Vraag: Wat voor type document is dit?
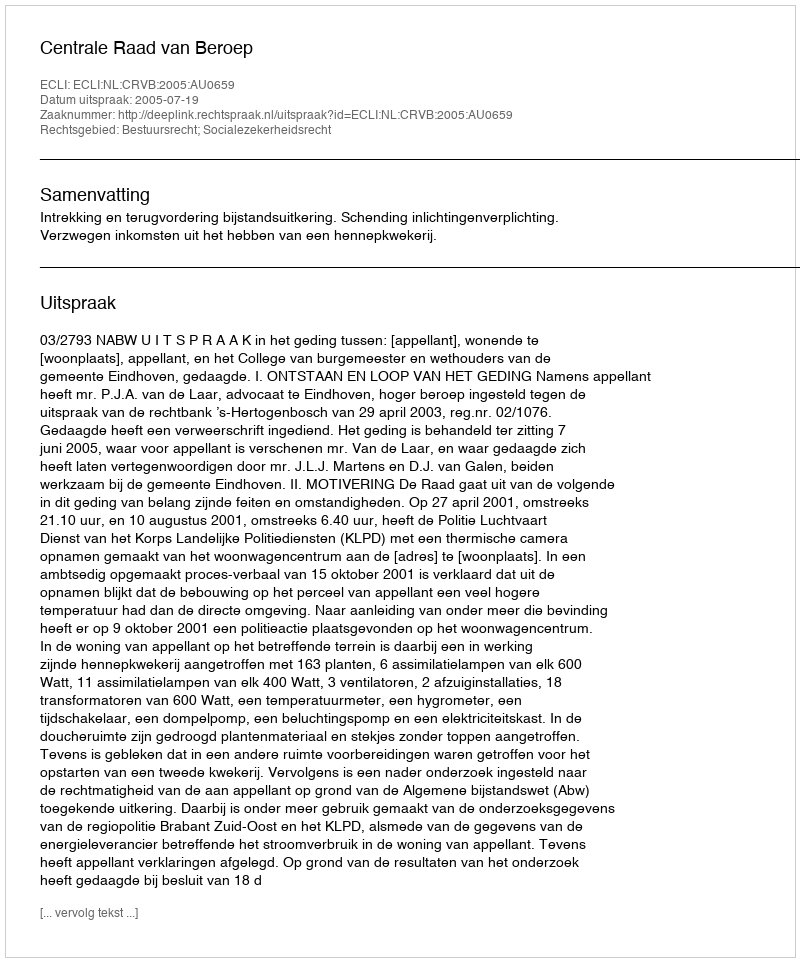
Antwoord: Uitspraak